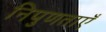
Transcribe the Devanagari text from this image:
निपुणताएँ